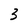
Character: 3